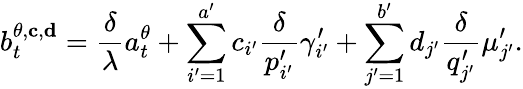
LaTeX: b_{t}^{\theta,\mathbf{c},\mathbf{d}}=\frac{\delta}{\lambda}a_{t}^{\theta}+\sum_{i^{\prime}=1}^{a^{\prime}}c_{i^{\prime}}\frac{\delta}{p_{i^{\prime}}^{\prime}}\gamma_{i^{\prime}}^{\prime}+\sum_{j^{\prime}=1}^{b^{\prime}}d_{j^{\prime}}\frac{\delta}{q_{j^{\prime}}^{\prime}}\mu_{j^{\prime}}^{\prime}.